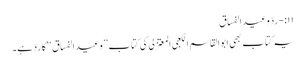
۱۱:-ردّ وعید الفساق
یہ کتاب بھی ابوالقاسم الکعبی المعتزلی کی کتاب ’’وعید الفساق‘‘ کا ردّ ہے۔